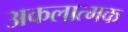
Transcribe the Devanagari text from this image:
अकलात्मक